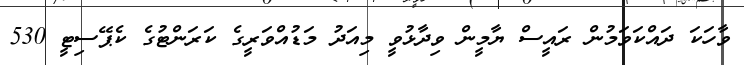
ވާހަކަ ދައްކަވަމުން ރައީސް ޔާމީން ވިދާޅުވީ މިއަދު މަޑުއްވަރީގެ ކަރަންޓުގެ ކެޕޭސިޓީ 530